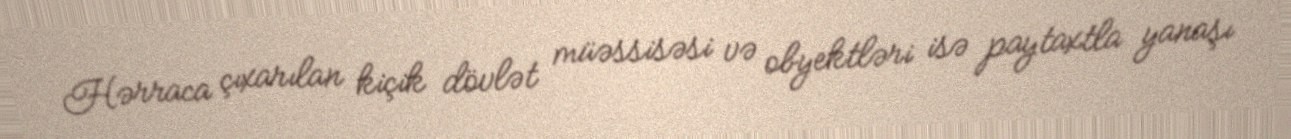
Hərraca çıxarılan kiçik dövlət müəssisəsi və obyektləri isə paytaxtla yanaşı